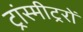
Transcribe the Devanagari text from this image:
ट्रांस्मीट्ररों